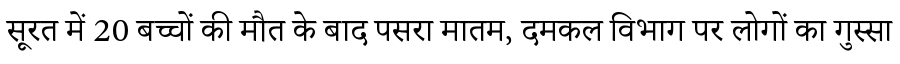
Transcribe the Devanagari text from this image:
सूरत में 20 बच्चों की मौत के बाद पसरा मातम, दमकल विभाग पर लोगों का गुस्सा